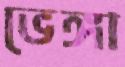
ভেঙ্গা